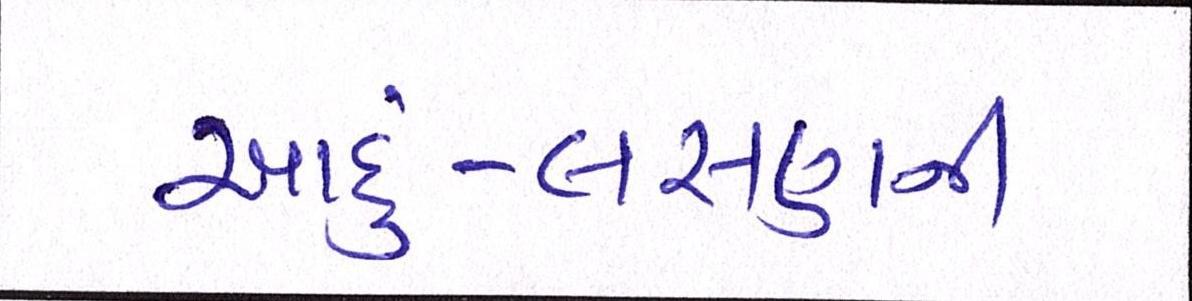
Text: આદું-લસણની